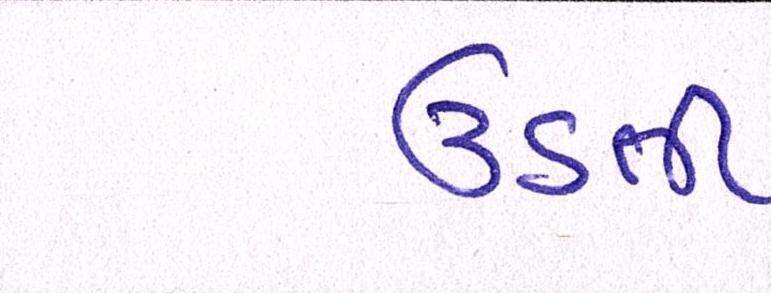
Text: ઉડતી